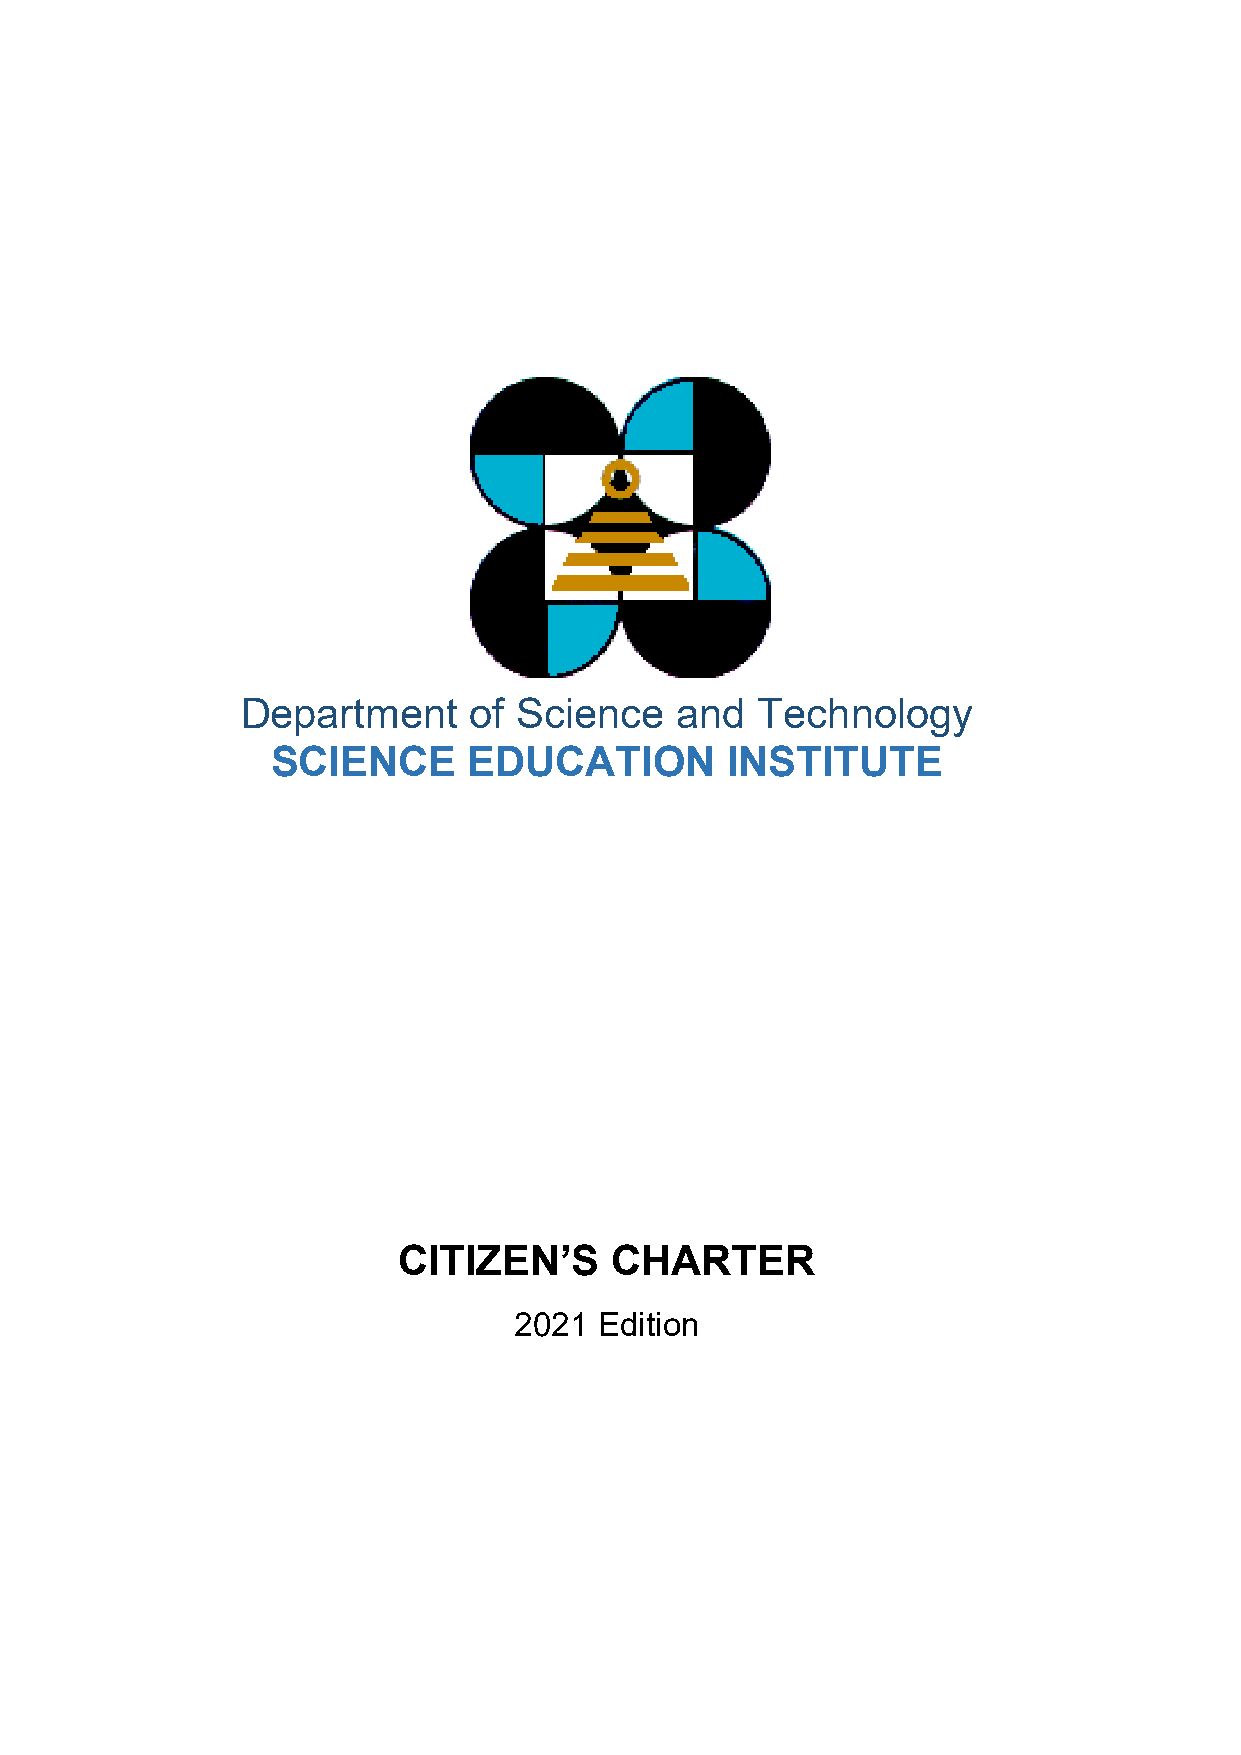
Department     of Science    and  Technology
 SCIENCE      EDUCATION        INSTITUTE
 CITIZEN’S     CHARTER
 2021  Edition